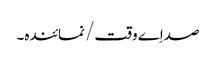
صداِے وقت/ نمائندہ۔